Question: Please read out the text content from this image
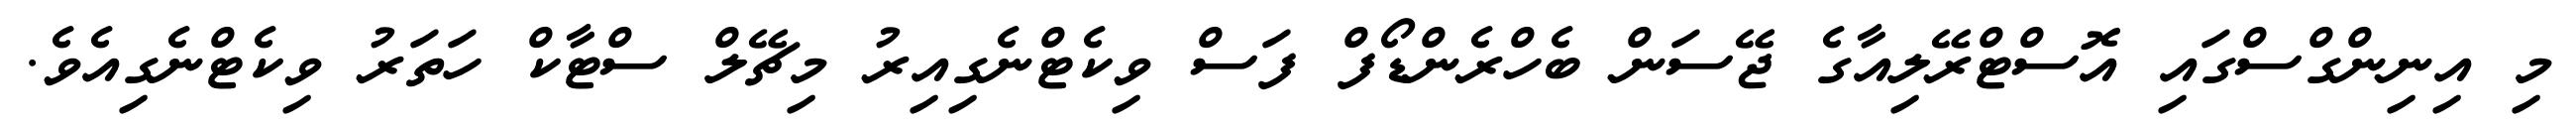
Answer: މި އިނިންގްސްގައި އޮސްޓްރޭލިއާގެ ޖޭސަން ބެހްރެންޑޯފް ފަސް ވިކެޓްނެގިއިރު މިޗޭލް ސްޓާކް ހަތަރު ވިކެޓްނެގިއެވެ.